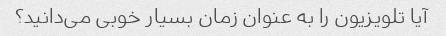
آیا تلویزیون را به عنوان زمان بسیار خوبی می‌دانید؟